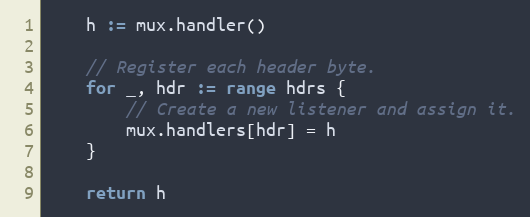
Language: Go
	h := mux.handler()

	// Register each header byte.
	for _, hdr := range hdrs {
		// Create a new listener and assign it.
		mux.handlers[hdr] = h
	}

	return h